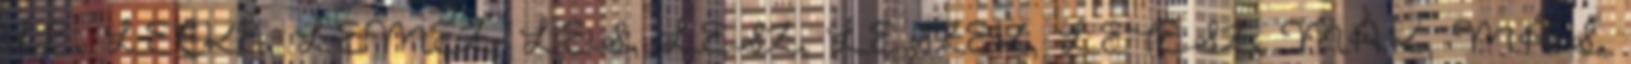
LE, LECKE, LEMEZ, LES, LESZ, LESZEK, LETESZ, MÁK, MÁS,